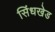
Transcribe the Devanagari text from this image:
सिंधखेड